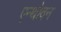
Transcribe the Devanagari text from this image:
एन्थोवन